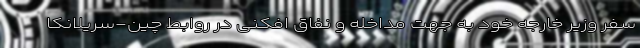
سفر وزیر خارجه خود به جهت مداخله و نفاق افکنی در روابط چین-سریلانکا